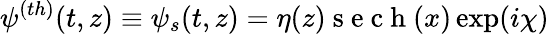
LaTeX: \psi^{(th)}(t,z)\equiv\psi_{s}(t,z)=\eta(z)\mathrm{~s~e~c~h~}(x)\exp(i\chi)